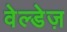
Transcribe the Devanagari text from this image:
वेल्डेज़